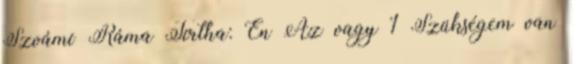
Szvámí Ráma Tírtha: Én Az vagy 1 Szükségem van